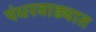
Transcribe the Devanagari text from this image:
पंधरवाड्यात